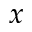
x